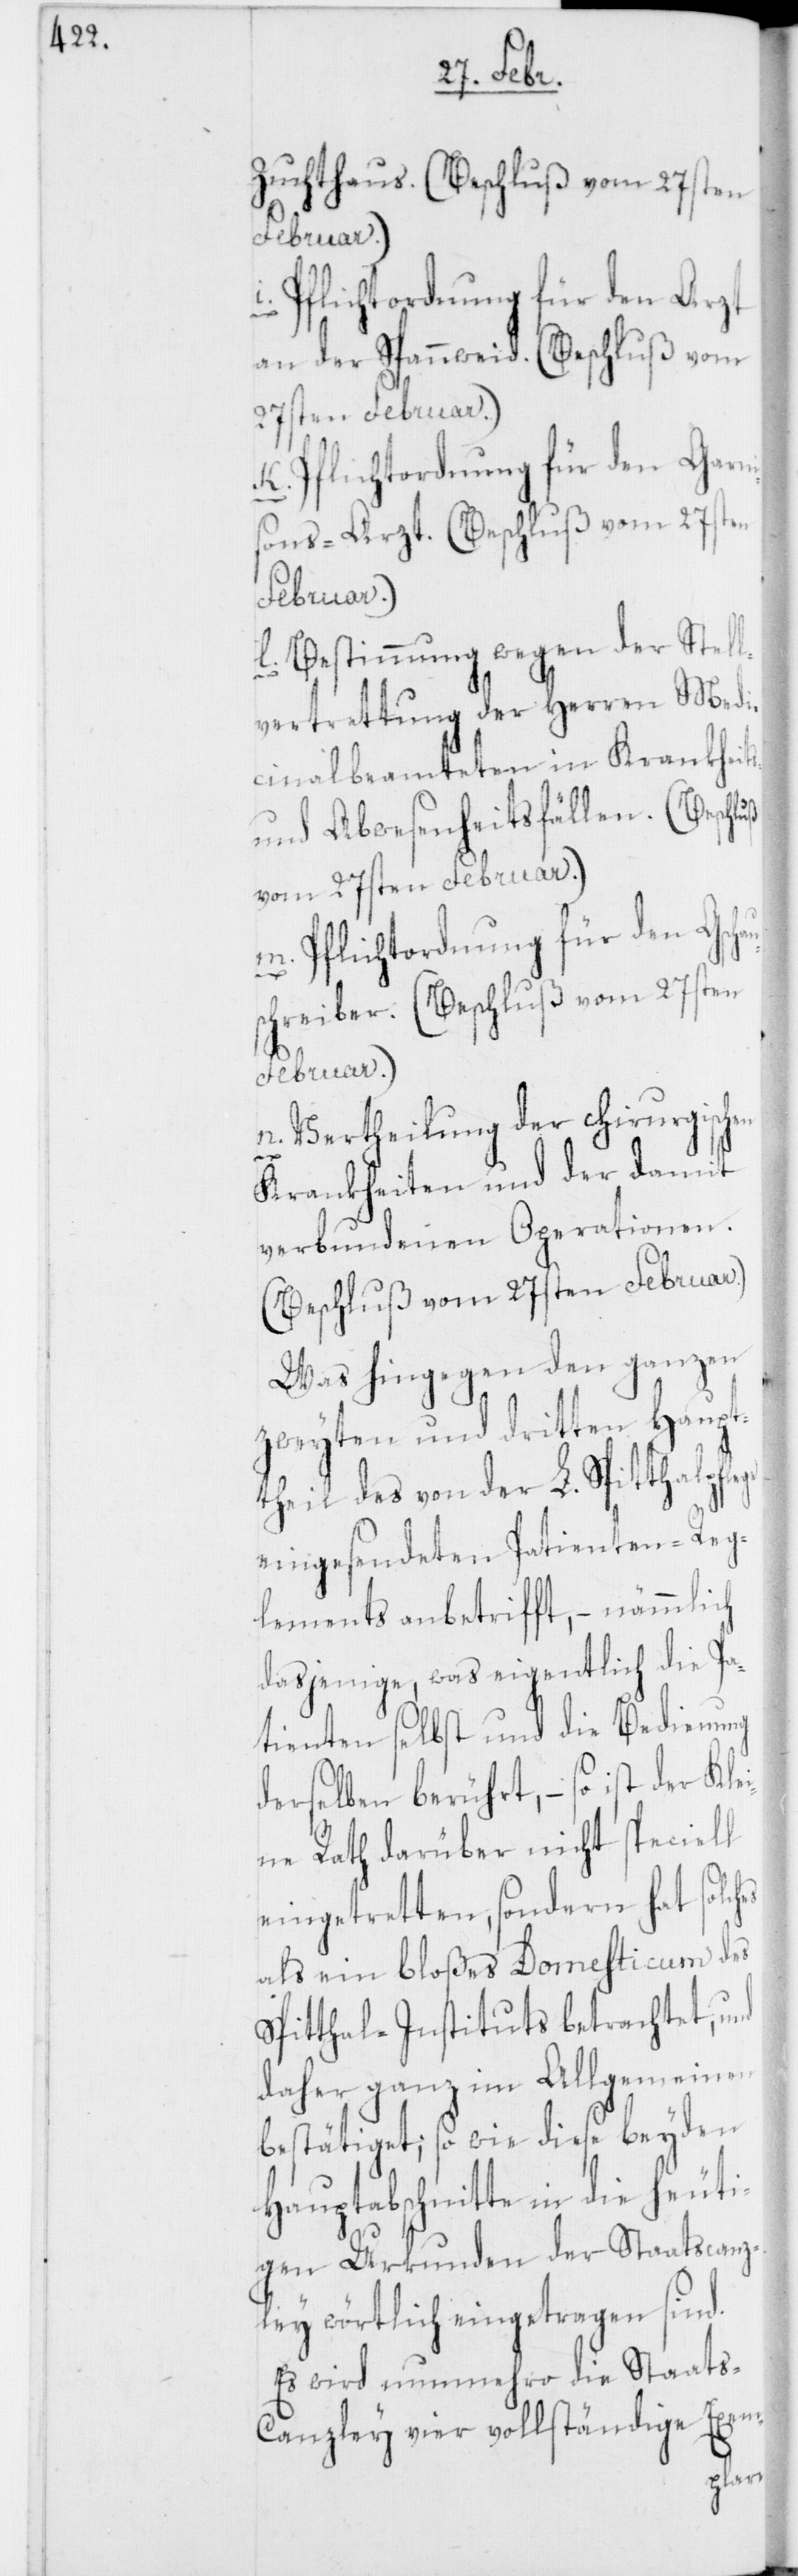
Zuchthaus. (Beschluß vom 27sten
Februar.)
Pflichtordnung für den Arzt
an der Spannweid. (Beschluß vom
27sten Februar.)
m. Pflichtordnung für den Gschau¬
sons-Arzt. (Beschluß vom 27sten
Februar.)
l. Bestimmung wegen der Stell¬
vertrettung der Herren Medi¬
cinalbeamteten in Krankheits-
und Abwesenheitsfällen. (Beschluß
vom 27sten Februar.)
schreiber. (Beschluß vom 27sten
Februar.)
n. Vertheilung der chirurgischen
es
Krankheiten und der damit
verbundenen Operationen.
(Beschluß vom 27sten Februar.)
Was hingegen den ganzen
zweyten und dritten Haupt¬
theil des von der L. Spitthalpfl¬
eingesendeten Patienten-Reg¬
lements anbetrifft, – nämmlich
dasjenige, was eigentlich die Pa¬
tienten selbst und die Bedienung
derselben berührt, – so ist der Kle¬
ine Rath darüber nicht speciell
eingetretten, sondern hat solch¬
als ein bloßes Domesticum des
Spitthal-Instituts betrachtet, und
daher ganz im Allgemeinen
bestätiget; so wie diese beyden
Hauptabschnitte in die heuti¬
gen Urkunden der Staatscanz¬
ley wörtlich eingetragen sind.
Es wird nunmehro die Staats-C¬
anzley vier vollständige Exemp-